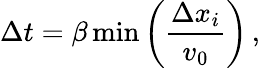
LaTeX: \Delta t=\beta\, \mathrm{min}\left(\frac{\Delta x_{i}}{v_{0}}\right)\, ,